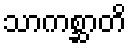
သာကစ္ဆာတိ